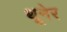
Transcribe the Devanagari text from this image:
थूनेर